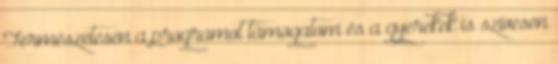
Természetesen a programot támogatom és a gyerekek is szívesen